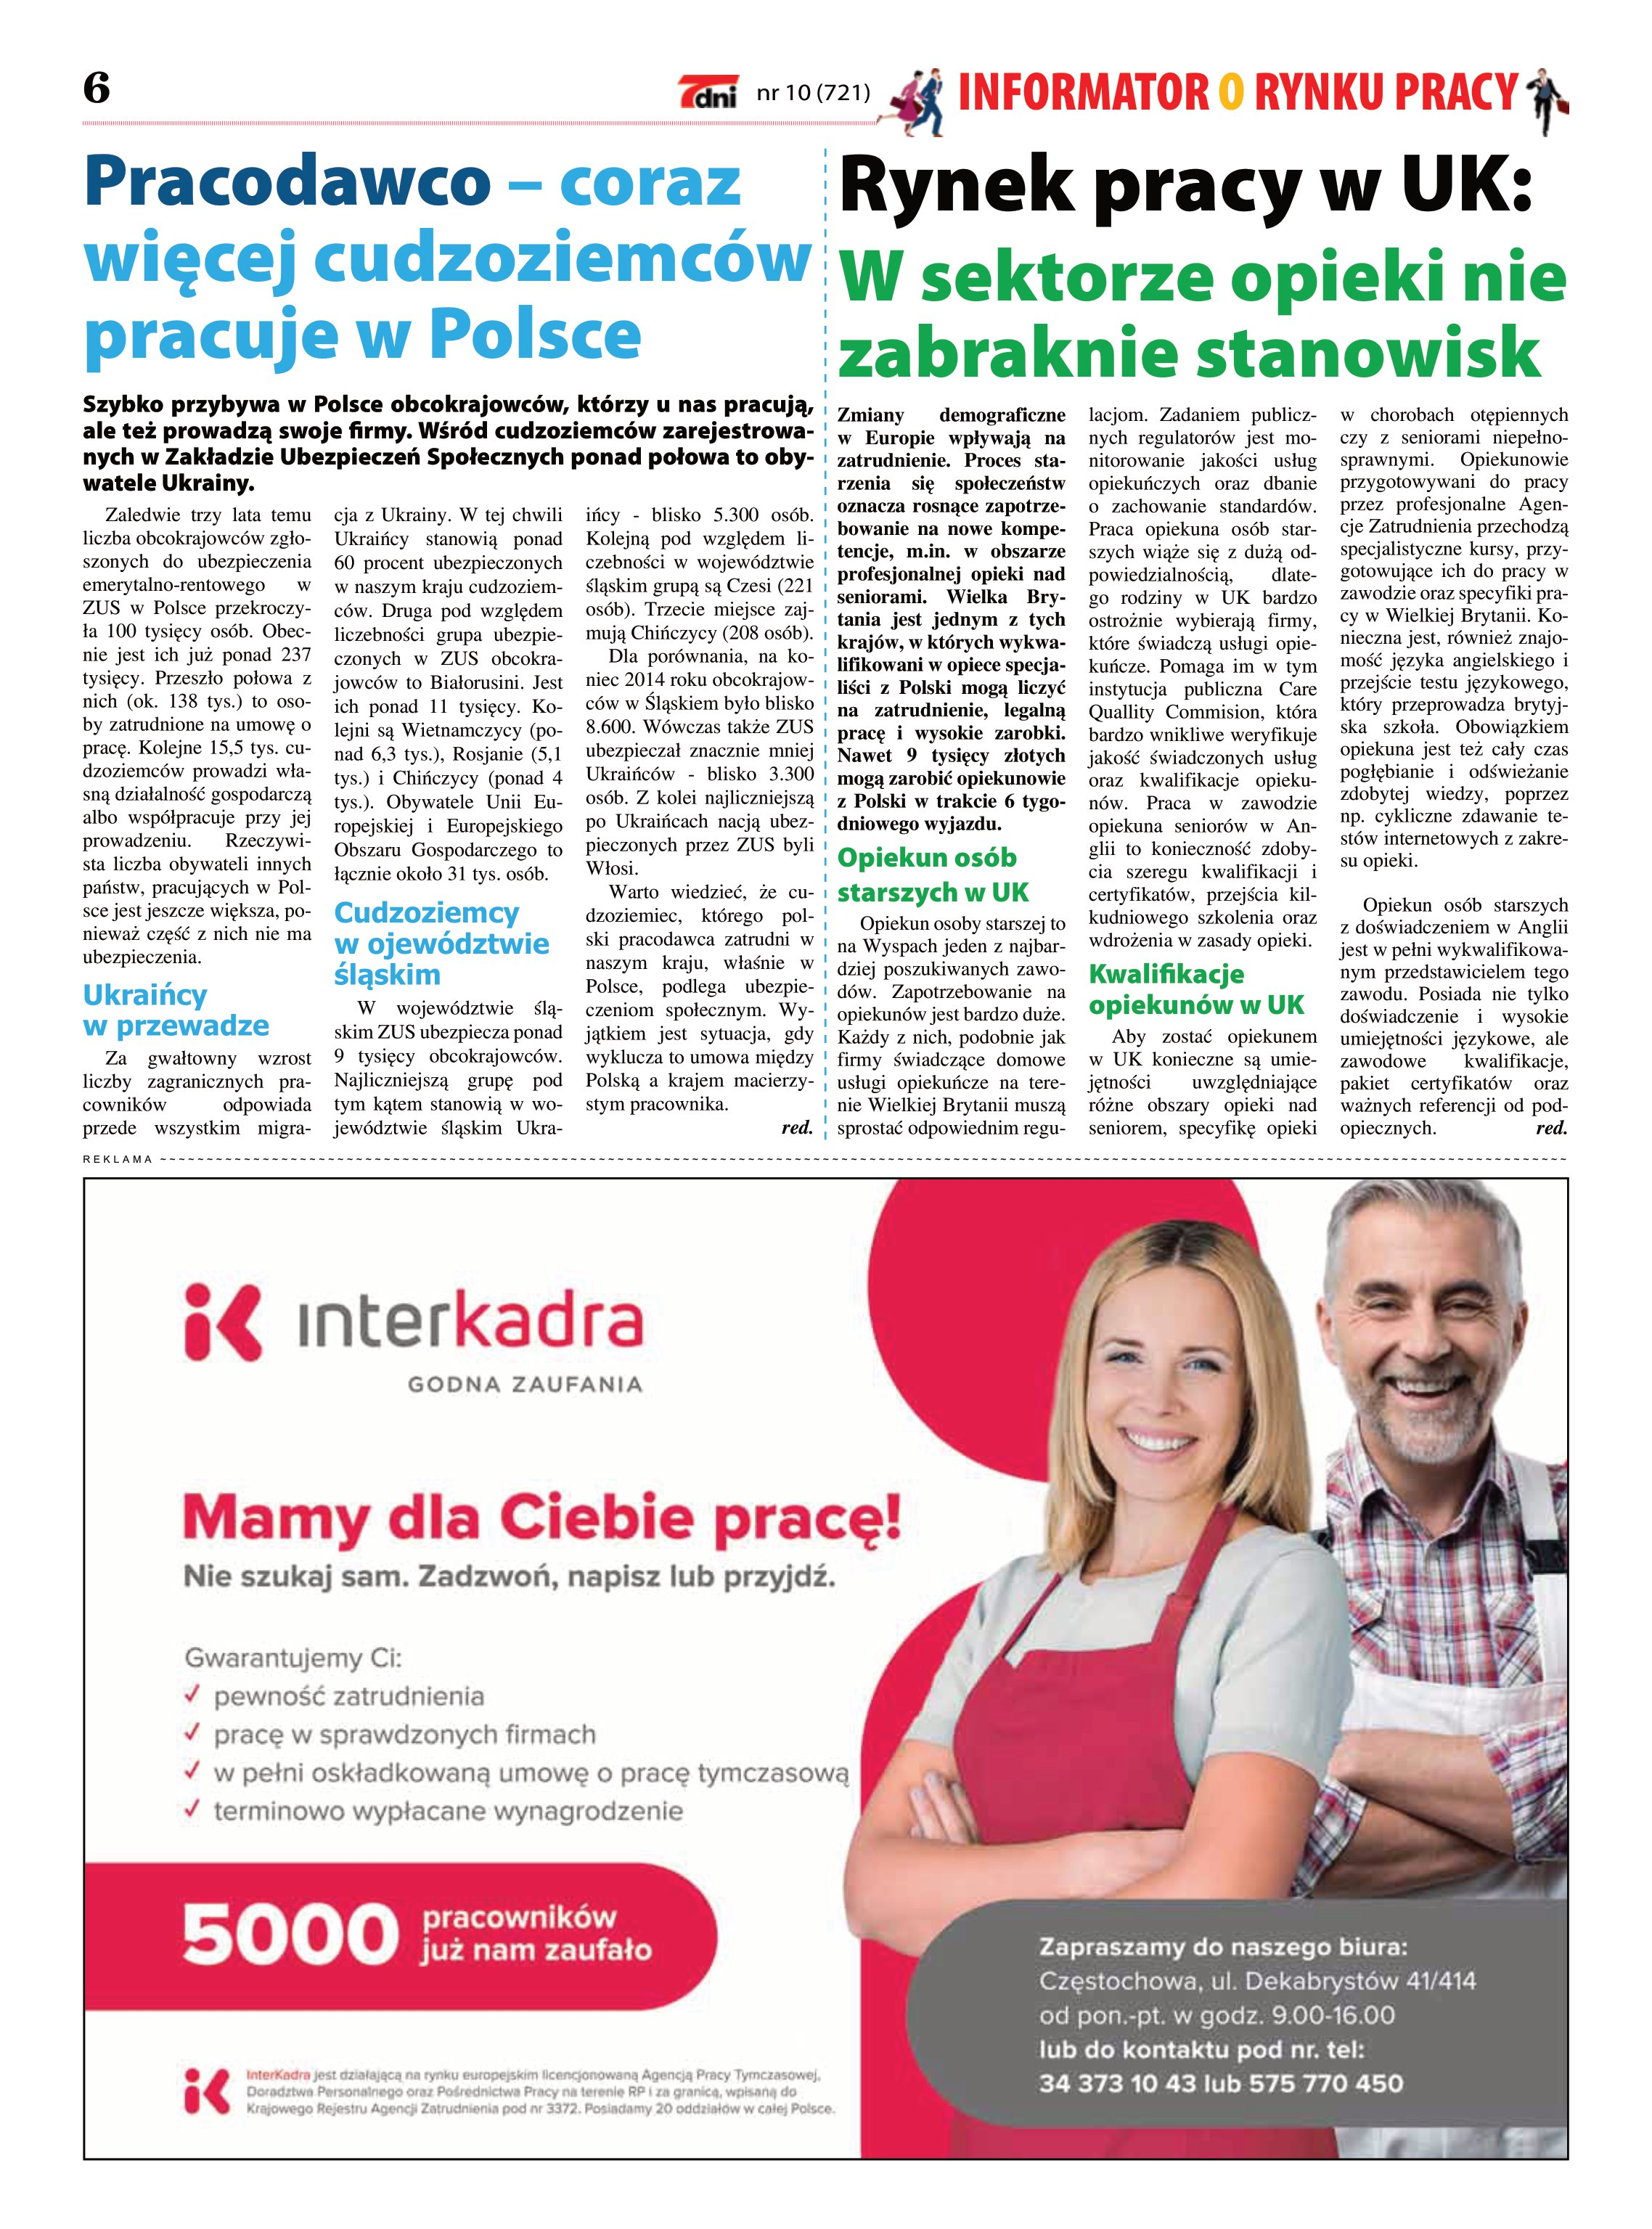
Language: pl